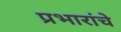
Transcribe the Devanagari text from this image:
प्रभारांचे